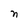
Character: n